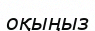
оқыңыз